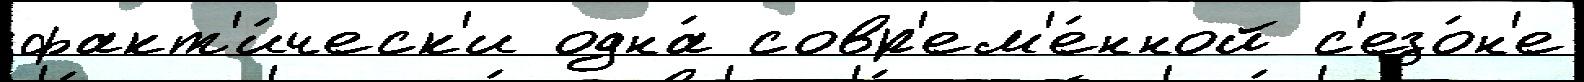
факт'и́ческ'и одна́ совр'ем'е́нной с'езо́н'е